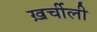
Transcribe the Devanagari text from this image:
ख़र्चीली